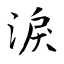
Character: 淚